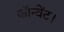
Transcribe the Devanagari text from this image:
कॉन्वेंट।